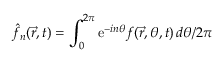
\hat { f } _ { n } ( \vec { r } , t ) = \int _ { 0 } ^ { 2 \pi } \mathrm { e } ^ { - i n \theta } f ( \vec { r } , \theta , t ) \, d \theta / 2 \pi